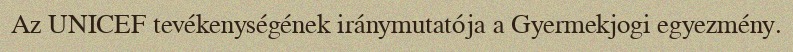
Az UNICEF tevékenységének iránymutatója a Gyermekjogi egyezmény.